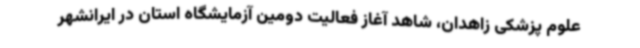
علوم پزشکی زاهدان، شاهد آغاز فعالیت دومین آزمایشگاه استان در ایرانشهر